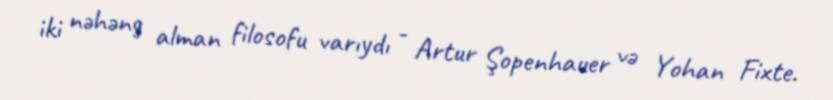
iki nəhəng alman filosofu varıydı - Artur Şopenhauer və Yohan Fixte.